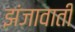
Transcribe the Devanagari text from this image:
झंजावाती